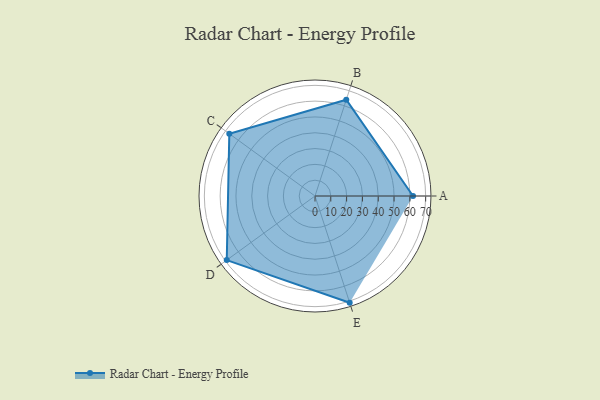
{"axis": {"x": "Skill", "y": "Score"}, "legend": ["Profile"], "data": [{"x": "A", "y": 62.0, "type": "Profile"}, {"x": "B", "y": 64.0, "type": "Profile"}, {"x": "C", "y": 67.0, "type": "Profile"}, {"x": "D", "y": 69.0, "type": "Profile"}, {"x": "E", "y": 71.0, "type": "Profile"}]}